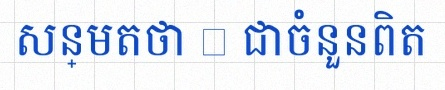
សន្មតថា x ជាចំនួនពិត